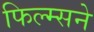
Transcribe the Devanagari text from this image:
फिल्म्सने